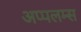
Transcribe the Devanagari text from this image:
अप्पलम्स